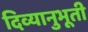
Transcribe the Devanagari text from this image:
दिव्यानुभूती